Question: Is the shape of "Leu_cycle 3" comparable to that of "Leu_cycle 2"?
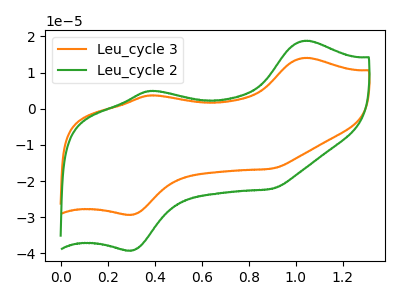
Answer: <think>The orange curve "Leu_cycle 3" has anodic peaks at (1.05V, 14.05uA) (0.40V, 3.70uA) and cathodic peaks at (0.30V, -29.30uA) (0.90V, -16.55uA). The green curve "Leu_cycle 2" has anodic peaks at (1.05V, 18.80uA) (0.40V, 4.95uA) and cathodic peaks at (0.30V, -39.20uA) (0.90V, -22.15uA).
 All the peaks in "Leu_cycle 3" have a peak in "Leu_cycle 2" at the same potential. Every peak in "Leu_cycle 3" is lower than every peak in "Leu_cycle 2".</think>
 <answer>"Leu_cycle 3" and "Leu_cycle 2" are similar in shape.</answer>
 <eval>same_shape</eval>